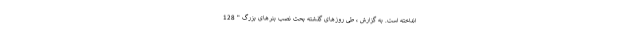
انداخته است. به گزارش ، طی روزهای گذشته بحث نصب بَنِرهای بزرگ " 128